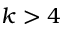
k > 4